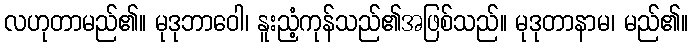
လဟုတာမည်၏။ မုဒုဘာဝေါ၊ နူးညံ့ကုန်သည်၏အဖြစ်သည်။ မုဒုတာနာမ၊ မည်၏။